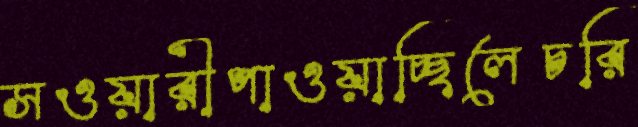
সওয়ারীপাওয়াচ্ছিলেচরি